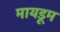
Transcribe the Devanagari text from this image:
मायडूम